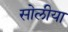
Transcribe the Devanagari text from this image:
सोलीया